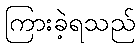
ကြားခဲ့ရသည်